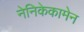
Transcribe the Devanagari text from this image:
नेनिकेकामेन